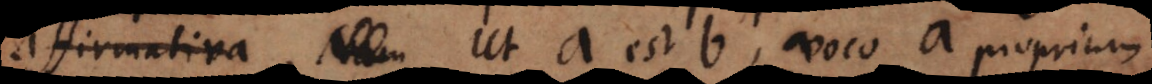
m. Ut a est b, voco a proprium.